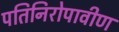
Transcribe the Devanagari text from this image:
पतिनिरोपावीण